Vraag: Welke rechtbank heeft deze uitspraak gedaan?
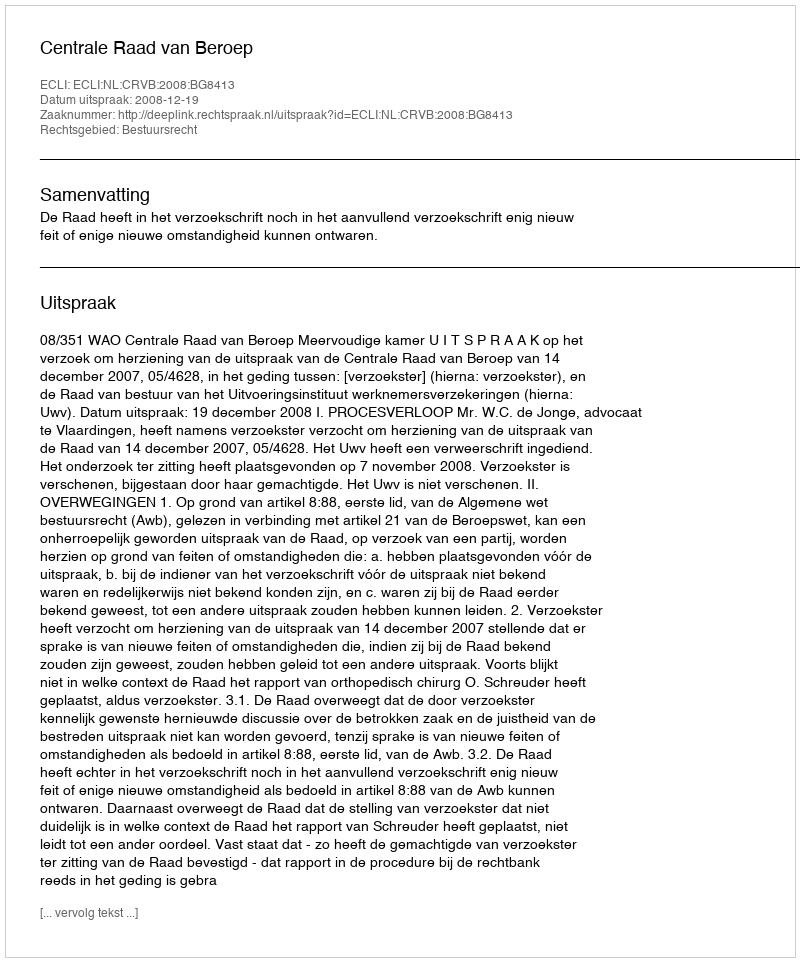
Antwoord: Centrale Raad van Beroep